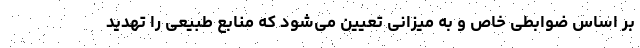
بر اساس ضوابطی خاص و به میزانی تعیین می‌شود که منابع طبیعی را تهدید